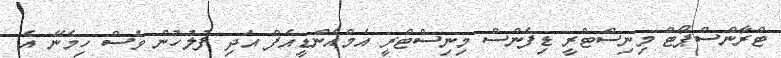
ޓްރާންސްޕޯޓް މިނިސްޓްރީ ޑިފެންސް މިނިސްޓްރީ އެމްއެންޑީއެފް އަދި ފުލުހުން ވެސް ހިމެނޭ އެ